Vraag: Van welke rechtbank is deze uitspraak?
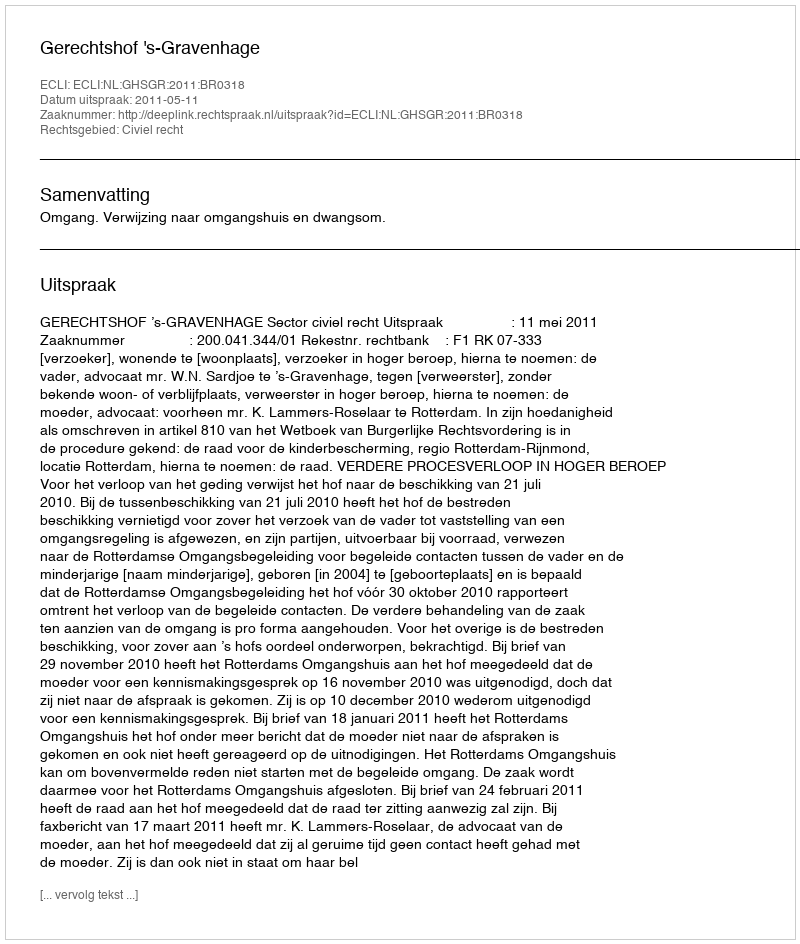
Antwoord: Gerechtshof 's-Gravenhage